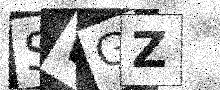
Text: SWGZ